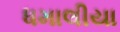
ધમાલીયા